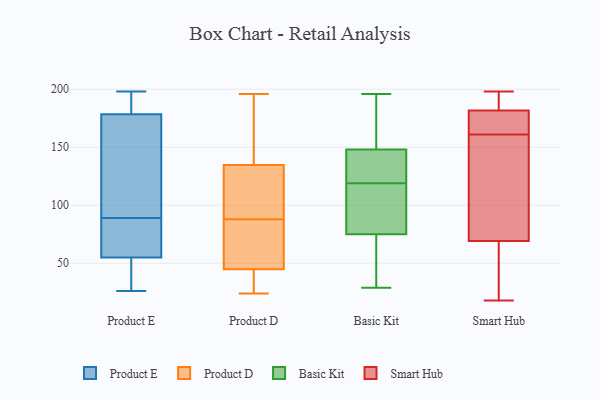
{"axis": {"x": "Active Users", "y": "Value"}, "legend": ["Basic Kit", "Product D", "Product E", "Smart Hub"], "data": [{"x": "", "y": 69, "type": "Product E"}, {"x": "", "y": 198, "type": "Product E"}, {"x": "", "y": 57, "type": "Product E"}, {"x": "", "y": 89, "type": "Product E"}, {"x": "", "y": 44, "type": "Product E"}, {"x": "", "y": 128, "type": "Product E"}, {"x": "", "y": 180, "type": "Product E"}, {"x": "", "y": 49, "type": "Product E"}, {"x": "", "y": 178, "type": "Product E"}, {"x": "", "y": 119, "type": "Product E"}, {"x": "", "y": 69, "type": "Product E"}, {"x": "", "y": 182, "type": "Product E"}, {"x": "", "y": 26, "type": "Product E"}, {"x": "", "y": 196, "type": "Product D"}, {"x": "", "y": 128, "type": "Product D"}, {"x": "", "y": 41, "type": "Product D"}, {"x": "", "y": 137, "type": "Product D"}, {"x": "", "y": 99, "type": "Product D"}, {"x": "", "y": 179, "type": "Product D"}, {"x": "", "y": 67, "type": "Product D"}, {"x": "", "y": 24, "type": "Product D"}, {"x": "", "y": 56, "type": "Product D"}, {"x": "", "y": 88, "type": "Product D"}, {"x": "", "y": 33, "type": "Product D"}, {"x": "", "y": 70, "type": "Basic Kit"}, {"x": "", "y": 148, "type": "Basic Kit"}, {"x": "", "y": 150, "type": "Basic Kit"}, {"x": "", "y": 100, "type": "Basic Kit"}, {"x": "", "y": 146, "type": "Basic Kit"}, {"x": "", "y": 143, "type": "Basic Kit"}, {"x": "", "y": 75, "type": "Basic Kit"}, {"x": "", "y": 196, "type": "Basic Kit"}, {"x": "", "y": 29, "type": "Basic Kit"}, {"x": "", "y": 114, "type": "Basic Kit"}, {"x": "", "y": 124, "type": "Basic Kit"}, {"x": "", "y": 35, "type": "Basic Kit"}, {"x": "", "y": 92, "type": "Basic Kit"}, {"x": "", "y": 153, "type": "Basic Kit"}, {"x": "", "y": 142, "type": "Smart Hub"}, {"x": "", "y": 198, "type": "Smart Hub"}, {"x": "", "y": 18, "type": "Smart Hub"}, {"x": "", "y": 174, "type": "Smart Hub"}, {"x": "", "y": 183, "type": "Smart Hub"}, {"x": "", "y": 187, "type": "Smart Hub"}, {"x": "", "y": 178, "type": "Smart Hub"}, {"x": "", "y": 161, "type": "Smart Hub"}, {"x": "", "y": 115, "type": "Smart Hub"}, {"x": "", "y": 50, "type": "Smart Hub"}, {"x": "", "y": 54, "type": "Smart Hub"}]}